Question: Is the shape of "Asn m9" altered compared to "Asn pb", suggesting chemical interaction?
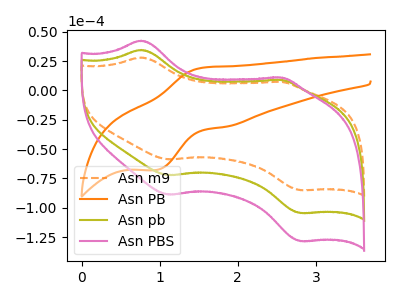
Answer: <think>The orange dashed curve "Asn m9" has anodic peaks at (0.75V, 28.05uA) (2.55V, 7.25uA) and cathodic peaks at (1.10V, -58.75uA) (2.80V, -84.95uA). The orange curve "Asn PB" has an anodic peak at (1.55V, 19.45uA) and a cathodic peak at (0.95V, -67.90uA). The olive curve "Asn pb" has anodic peaks at (0.75V, 34.45uA) (2.55V, 8.95uA) and cathodic peaks at (1.10V, -72.25uA) (2.80V, -104.45uA). The pink curve "Asn PBS" has anodic peaks at (0.75V, 68.90uA) (2.55V, 17.85uA) and cathodic peaks at (1.10V, -144.45uA) (2.80V, -208.90uA).
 All the peaks in "Asn m9" have a peak in "Asn pb" at the same potential. Every peak in "Asn m9" is lower than every peak in "Asn pb".</think>
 <answer>No, "Asn m9" and "Asn pb" don't appear to be significantly different in shape</answer>
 <eval>no_change</eval>